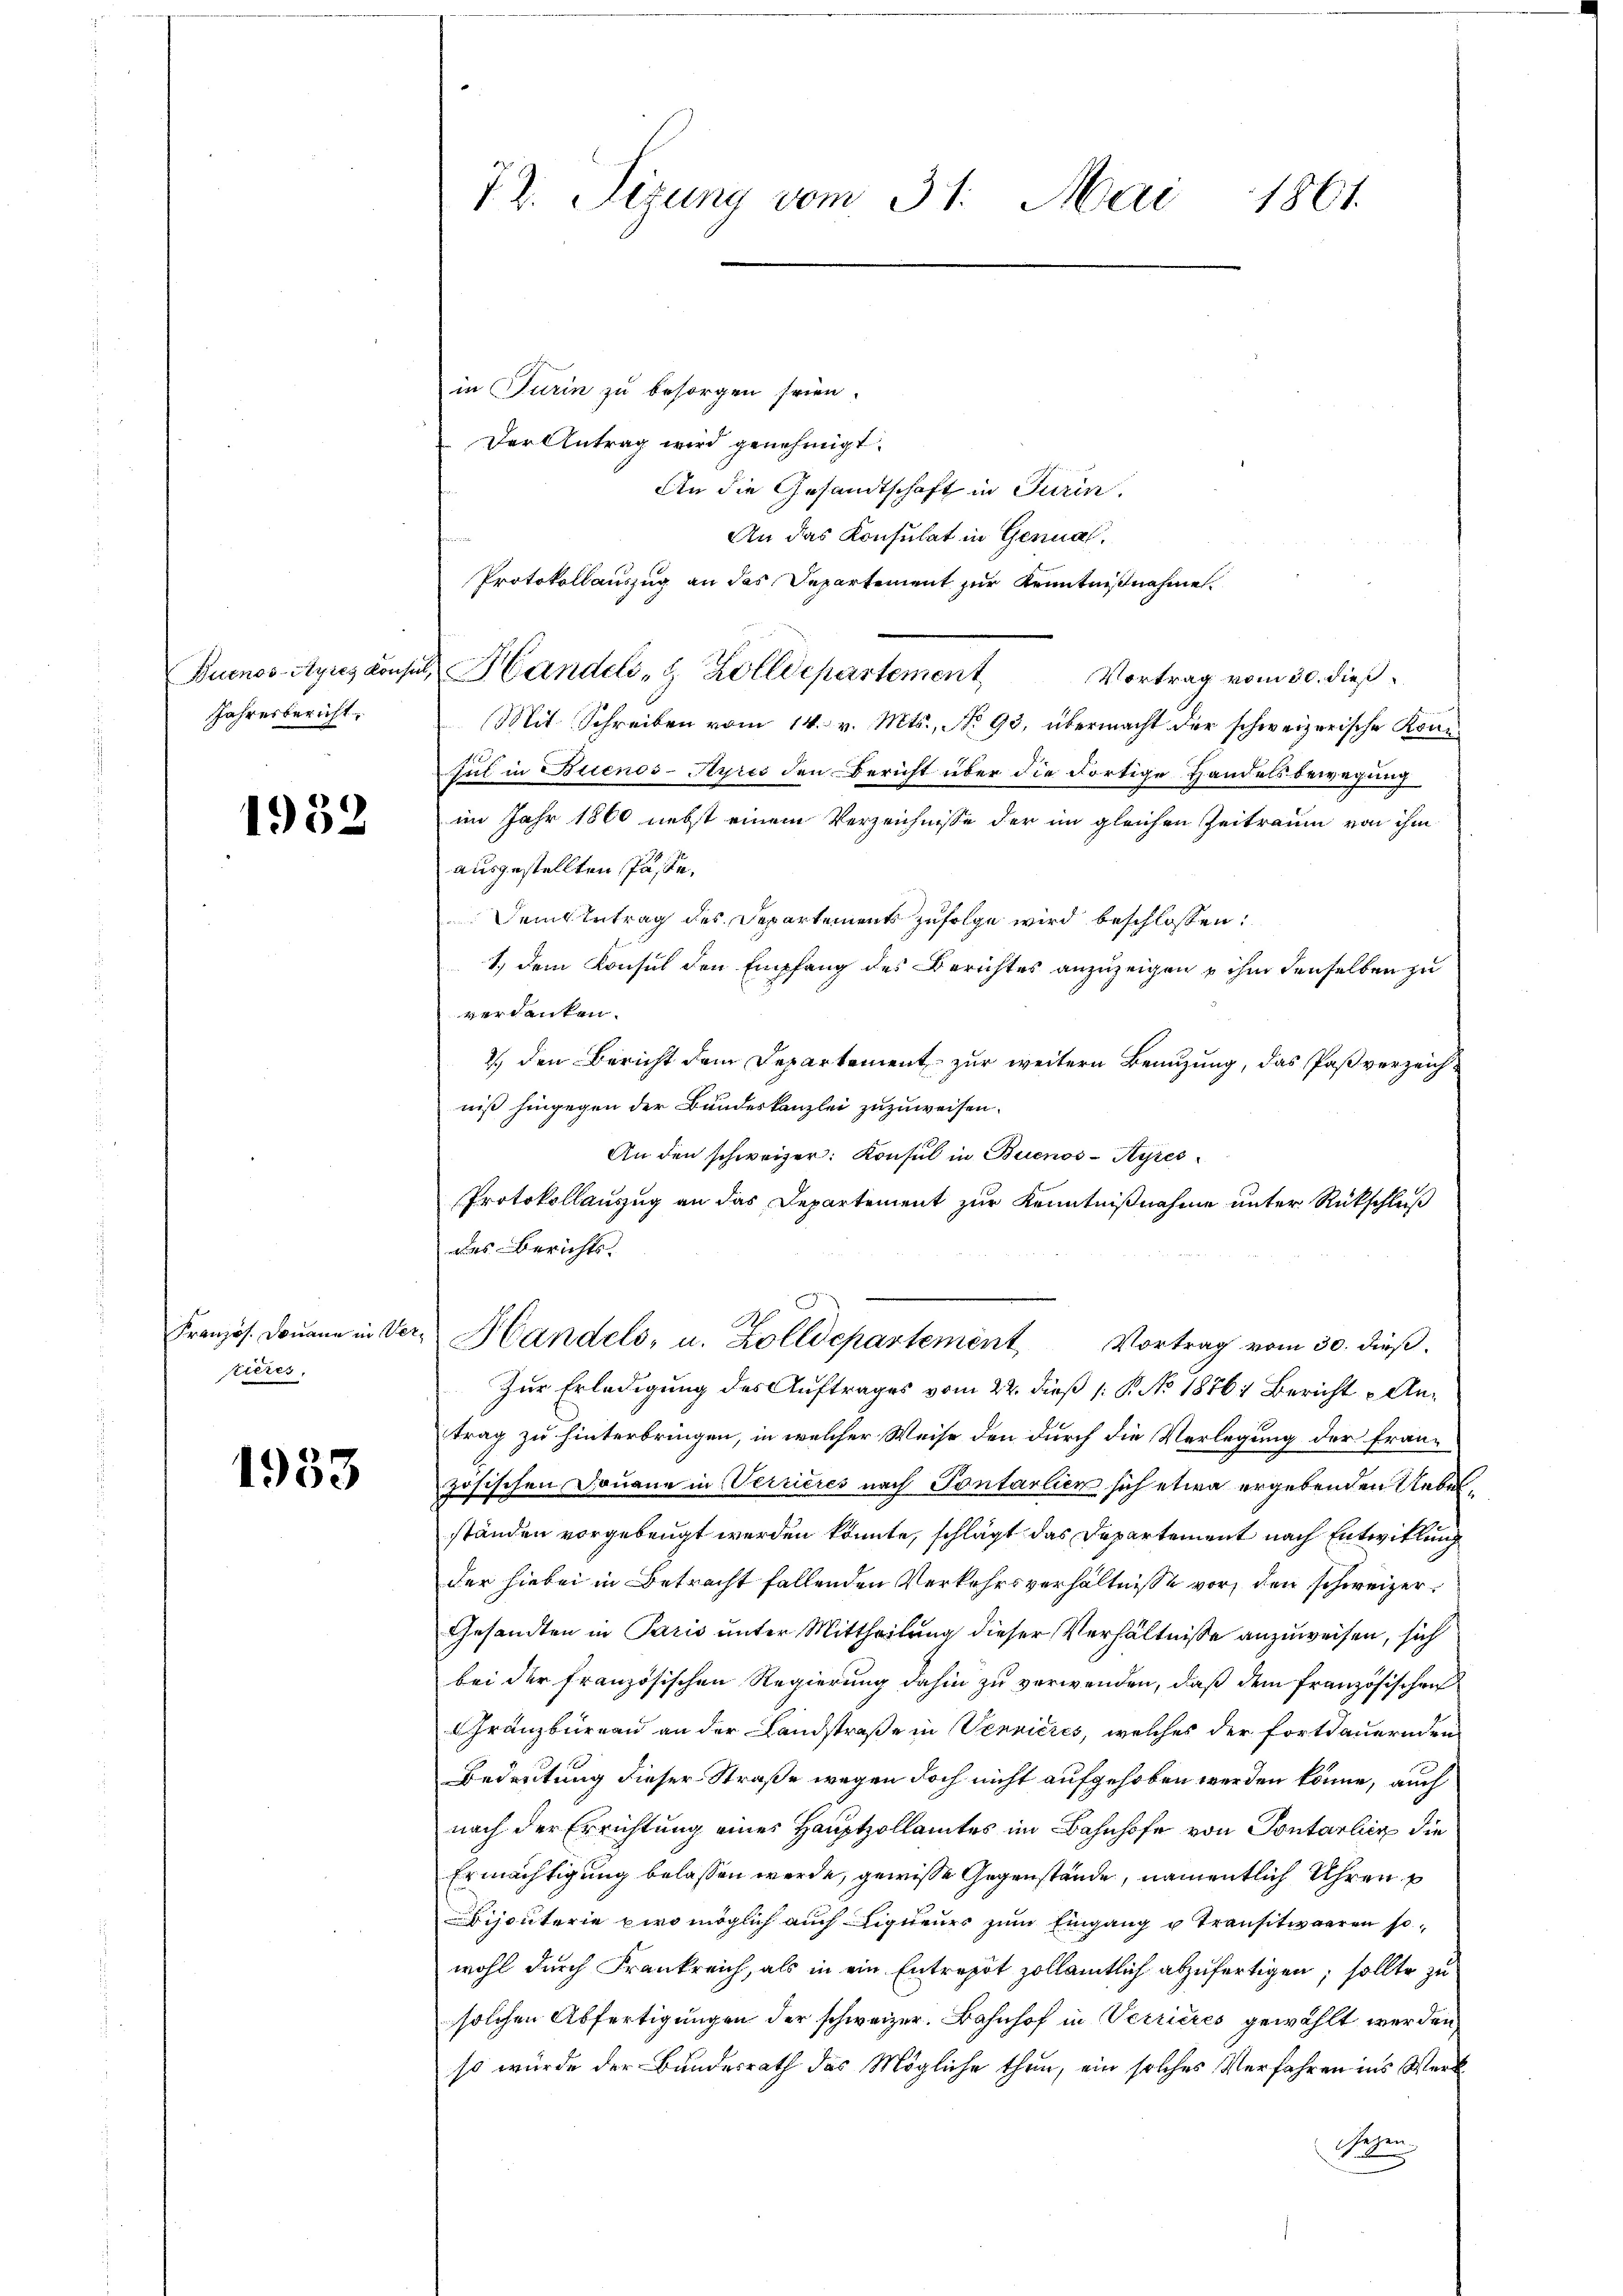
Burnos-Ayres Konsin
Jahresbericht,

1932

Französ. Donaue in Ver
stieres,

1933

72. Sizung vom 31. Mai 1861

in Turin zu besorgen seien.
Der Antrag wird genehmigt.
An die Gesandtschaft in Turin,
An das Konsulat in Genual¬
Protokollauszug an das Departement zur Kenntnißnahmen.
Mit Schreiben vom 14. v. Mts., No 93, übermacht der schweizerische Koni¬
Gut in Buenos-Ayres den Bericht über die dortige Handels bewegung
im Jahr 1860 nebst einem Verzeichnisse der im gleichen Zeitraum von ihm
ausgestellten Pässe,
Dem Betrag des Departements zufolge wird beschlossen:
1.) Dem Konsul den Empfang des Berichtes anzuzeigen u ihm denselben zu
verdanken.
2.) den Bericht dem Departement zur weitern Benutzung, das Paß verzeichniß hingegen der Bundeskanzlei zuzuweisen.
An den schweizer. Konsul in Buenos-Ayres
Protokollauszug an das Departement zur Kenntnißnahme unter Rückschluß
des Berichts¬
Handels, u. Zolldepartement Vortrag vom 30. dieß.
Zur Erledigung des Auftrages vom 22. dieß (: P. No 1876, Bericht Antrag zu hinterbringen, in welcher Weise den durch die Verlegung der französischen Douane in Verrieres nach Pontalien sich etwa ergebenden Uebelständen vorgebeugt werden könnte, schlägt das Departement nach Entwitlung
der hiebei in Betracht fallenden Verkehrsverhältnisse vor, den schweizer¬
Gesandten in Paris unter Mittheilung dieser Verhältnisse anzuweisen, sich
bei der französischen Regierung dahin zu verwenden, daß dem französischen
Gränzbüreau an der Landstraße in Vernières, welches der fortdauernden
Bedeutung dieser Straße wegen doch nicht aufgehoben werden könne, auch
nach der Errichtung eines Hauptzollamtes im Bahnhofe von Pontarlin die
Ermächtigung belassen werde, gewisse Gegenstände, namentlich Uhren p
Disputerie zwo möglich auch ligneuer zum Eingang u Transitwaaren sowohl durch Frankreich, als in ein Entrepot zollamtlich abzufertigen; sollte zu
solchen Abfertigungen der schweizer. Bahnhof in Verrieres gewählt werden
so würde der Bundesrath das Mögliche thun, ein solches Verfahren ins Werk
sahen

Handels- & Zolldepartement Vortrag vom 30. dieß